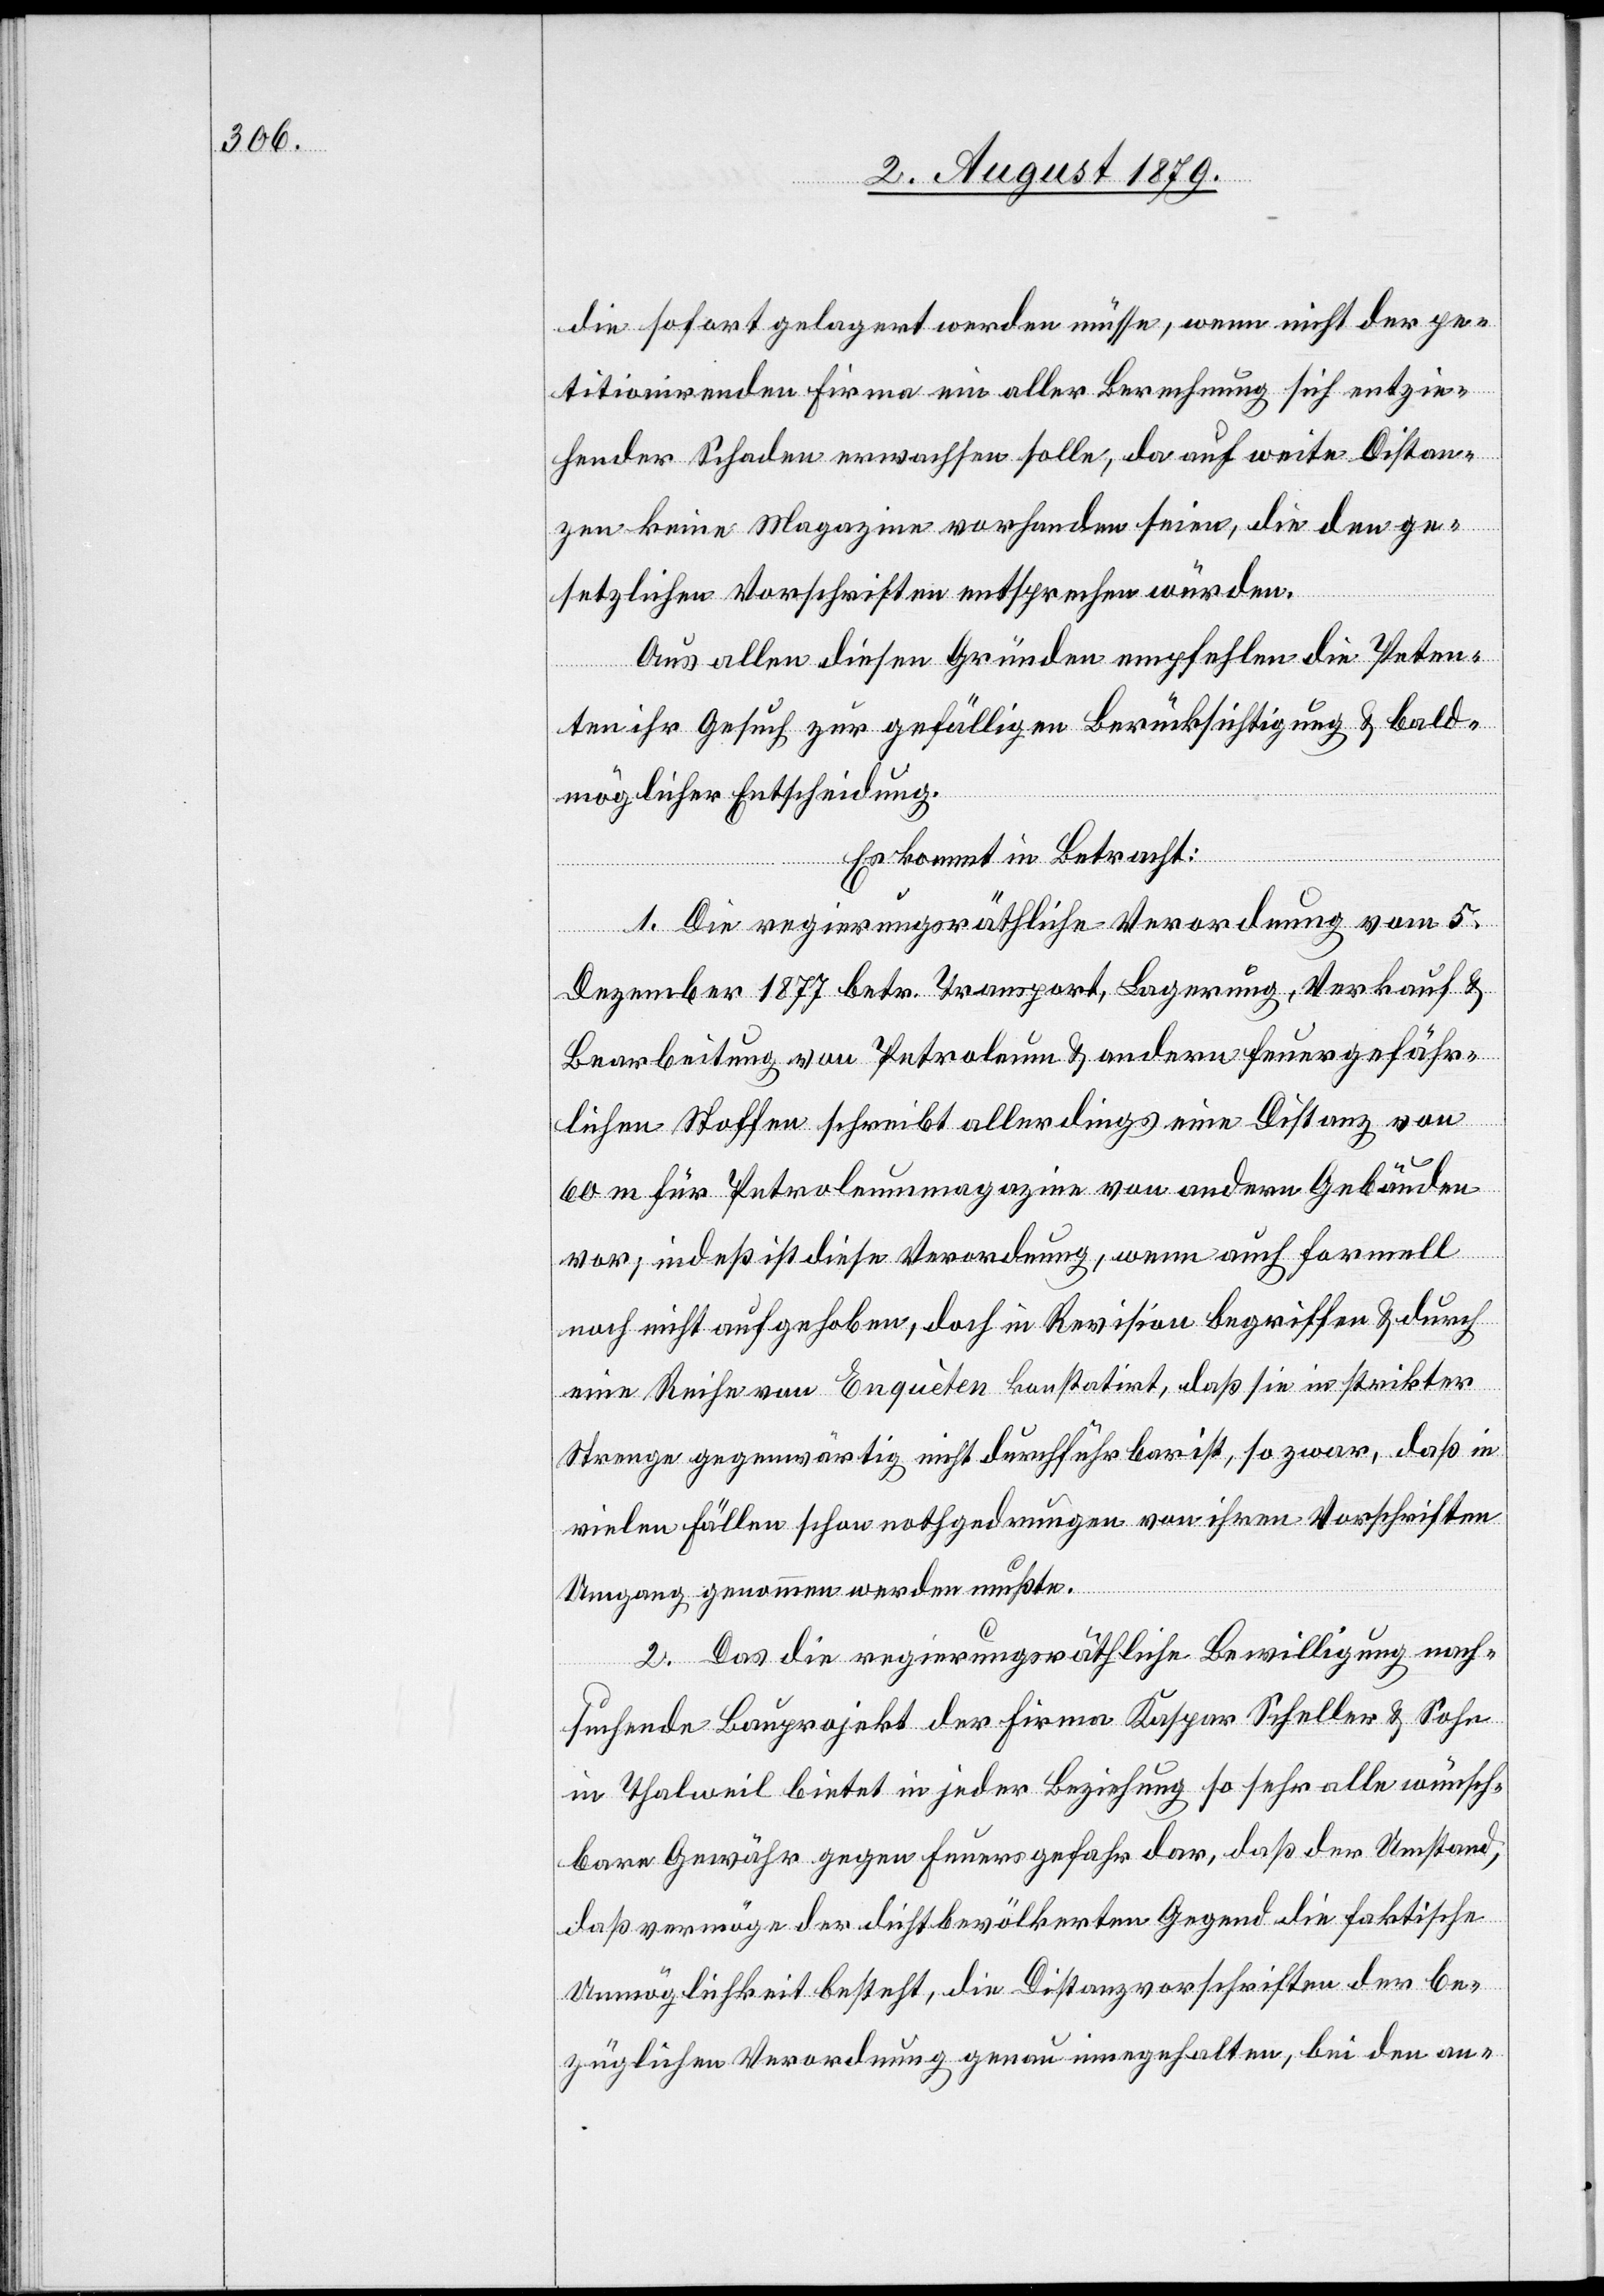
die sofort gelagert werden müsse, wenn nicht der pe¬
titionirenden Firma ein aller Berechnung sich entzie¬
hender Schaden erwachsen solle, da auf weite Distan¬
zen keine Magazine vorhanden seien, die den ge¬
setzlichen Vorschriften entsprochen würden.
Aus allen diesen Gründen empfehlen die Peten¬
ten ihr Gesuch zur gefälligen Berücksichtigung & bald¬
möglicher Entscheidung.
Es kommt in Betracht:
1. Die regierungsräthliche Verordnung vom 5.
Dezember 1877 betr. Transport, Lagerung, Verkauf &
Bearbeitung von Petroleum & andern feuergefähr¬
lichen Stoffen schreibt allerdings eine Distanz von
60 m für Petroleummagazine von andern Gebäuden
vor; indeß ist diese Verordnung, wenn auch formell
noch nicht aufgehoben, doch in Revision begriffen & durch
eine Reihe von Enquètes konstatirt, daß sie in strikter
Strenge gegenwärtig nicht durchführbar ist, so zwar, daß in
vielen Fällen schon nothgedrungen von ihren Vorschriften
Umgang genommen werden mußte.
2. Das die regierungsräthliche Bewilligung nach¬
suchende Bauprojekt der Firma Kaspar Scheller & Sohn
in Thalweil bietet in jeder Beziehung so sehr alle wünsch¬
bare Gewähr gegen Feuergefahr dar, daß der Umstand,
daß vermöge der dichtbevölkerten Gegend die faktische
Unmöglichkeit besteht, die Distanzvorschriften des be¬
züglichen Verordnung genau eingehalten, bei den an-